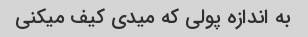
به اندازه پولی که میدی کیف میکنی